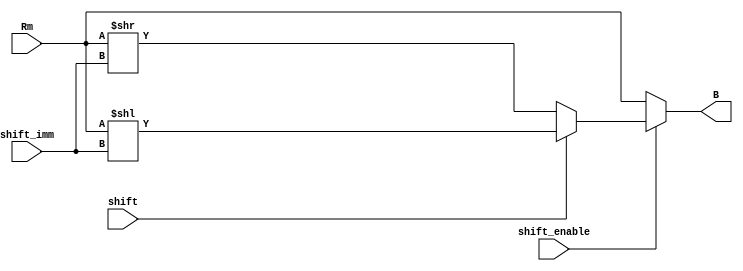
module shifter(
			output [31:0] B,
			input [31:0] Rm,
			input shift,
			input shift_enable,
			input [4:0] shift_imm);


reg [31:0] temp;

always@(*)
begin
	if(shift_enable)
	begin
		if(shift)
		begin
			temp = Rm << shift_imm;
		end
		else
		begin
			temp = Rm >> shift_imm;
		end
	end
	else
	begin
		temp = Rm;
	end
end

assign B = temp;

endmodule